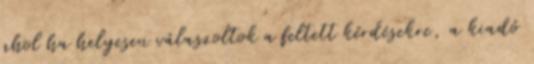
ahol ha helyesen válaszoltok a feltett kérdésekre, a kiadó